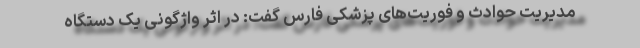
مدیریت حوادث و فوریت‌های پزشکی فارس گفت: در اثر واژگونی یک دستگاه